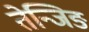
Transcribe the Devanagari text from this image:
तेन्जिङ